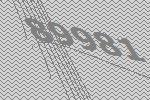
89981